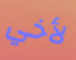
لأخي